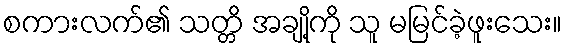
စကားလက်၏ သတ္တိ အချို့ကို သူ မမြင်ခဲ့ဖူးသေး။